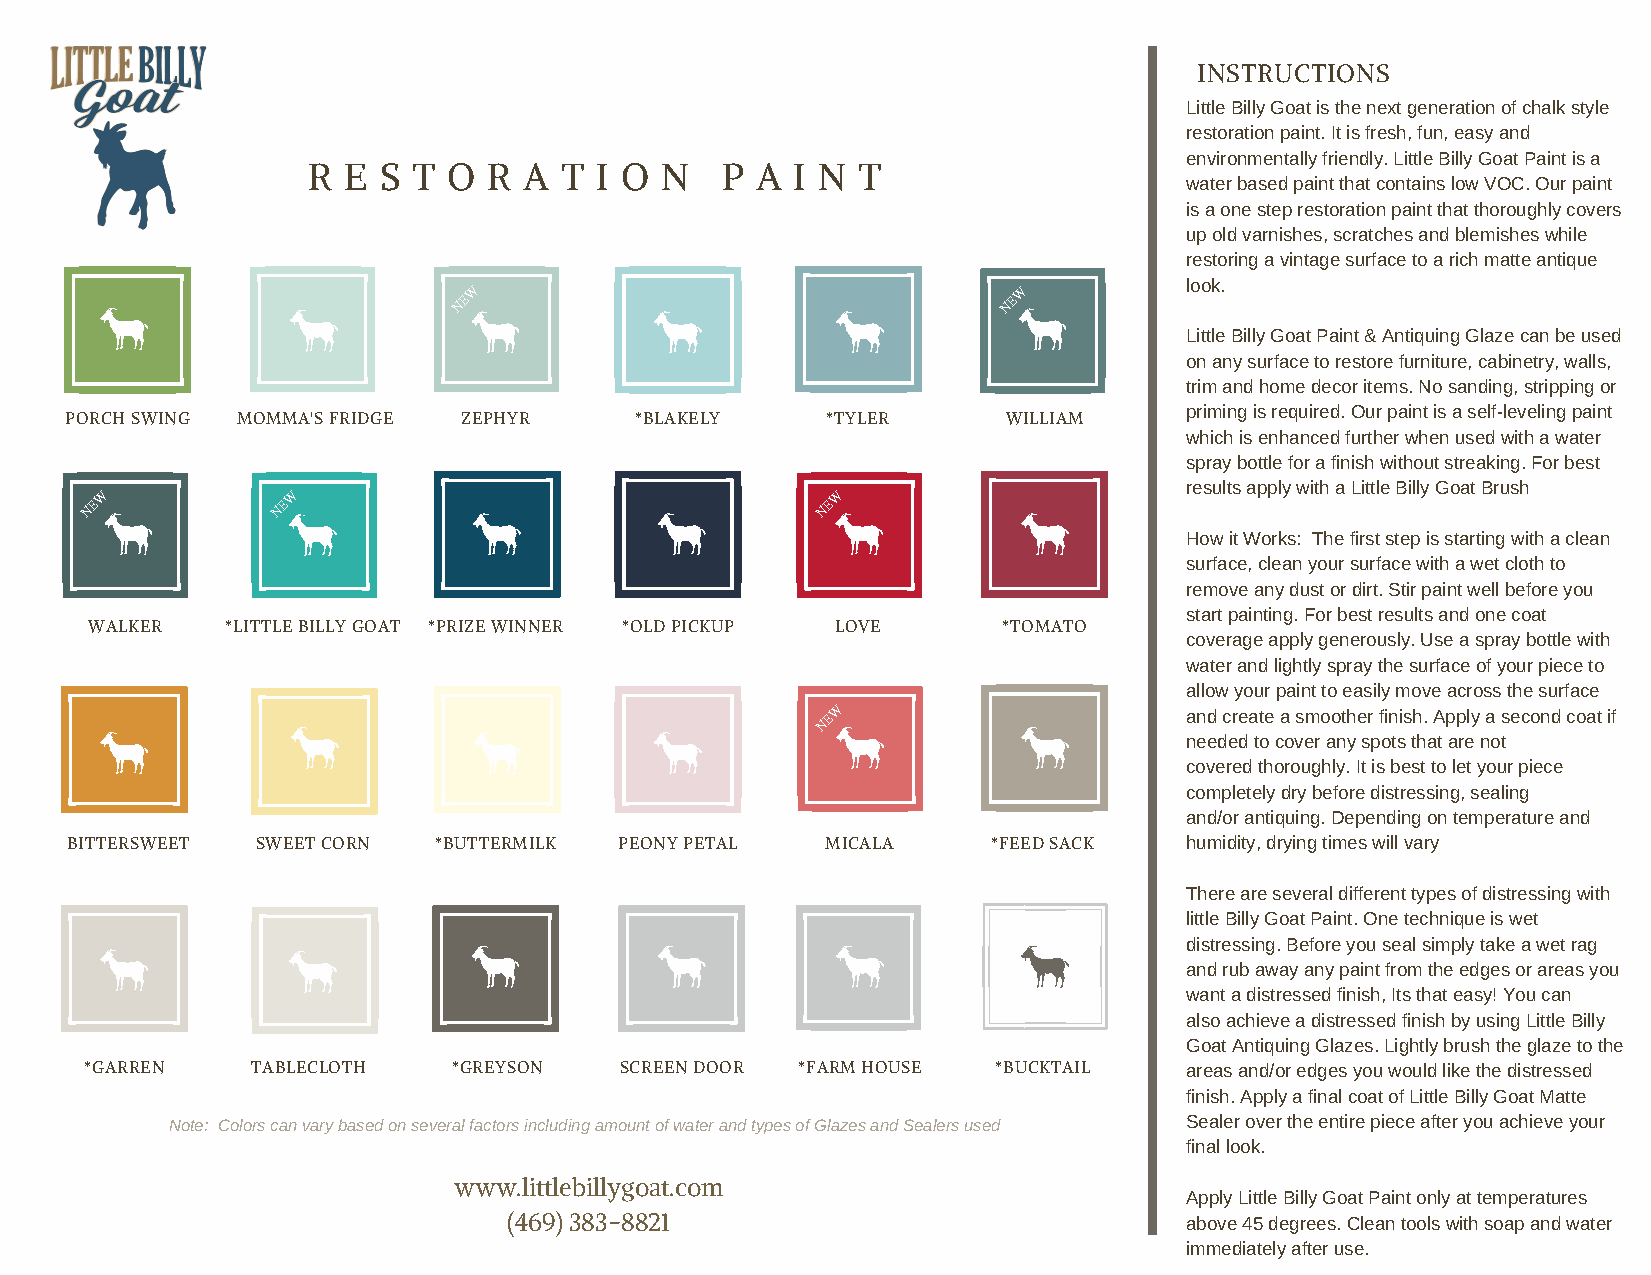
INSTRUCTIONS
 Little Billy Goat is the next generation of chalk style
 restoration paint. It is fresh, fun, easy and
 environmentally friendly. Little Billy Goat Paint is a
 R  E S T  O R  A T I O  N   P A I N  T
 water based paint that contains low VOC. Our paint
 is a one step restoration paint that thoroughly covers
 up old varnishes, scratches and blemishes while
 restoring a vintage surface to a rich matte antique
 look.
 W                                   W
 NE                                  NE
 Little Billy Goat Paint & Antiquing Glaze can be used
 on any surface to restore furniture, cabinetry, walls,
 trim and home decor items. No sanding, stripping or
 priming is required. Our paint is a self-leveling paint
 PORCH SWING MOMMA'S FRIDGE ZEPHYR     *BLAKELY     *TYLER      WILLIAM
 which is enhanced further when used with a water
 spray bottle for a finish without streaking. For best
 results apply with a Little Billy Goat Brush
 W           W                                   W
 NE          NE                                  NE
 How it Works: The first step is starting with a clean
 surface, clean your surface with a wet cloth to
 remove any dust or dirt. Stir paint well before you
 start painting. For best results and one coat
 WALKER   *LITTLE BILLY GOAT *PRIZE WINNER *OLD PICKUP LOVE  *TOMATO
 coverage apply generously. Use a spray bottle with
 water and lightly spray the surface of your piece to
 allow your paint to easily move across the surface
 NEW                     and create a smoother finish. Apply a second coat if
 needed to cover any spots that are not
 covered thoroughly. It is best to let your piece
 completely dry before distressing, sealing
 and/or antiquing. Depending on temperature and
 BITTERSWEET  SWEET CORN  *BUTTERMILK PEONY PETAL   MICALA     *FEED SACK  humidity, drying times will vary
 There are several different types of distressing with
 little Billy Goat Paint. One technique is wet
 distressing. Before you seal simply take a wet rag
 and rub away any paint from the edges or areas you
 want a distressed finish, Its that easy! You can
 also achieve a distressed finish by using Little Billy
 Goat Antiquing Glazes. Lightly brush the glaze to the
 *GARREN    TABLECLOTH   *GREYSON   SCREEN DOOR *FARM HOUSE  *BUCKTAIL   areas and/or edges you would like the distressed
 finish. Apply a final coat of Little Billy Goat Matte
 Note: Colors can vary based on several factors including amount of water and types of Glazes and Sealers used Sealer over the entire piece after you achieve your
 final look.
 www.littlebillygoat.com
 Apply Little Billy Goat Paint only at temperatures
 (469) 383-8821                              above 45 degrees. Clean tools with soap and water
 immediately after use.